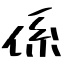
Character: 係